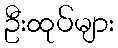
ဦးထုပ်များ